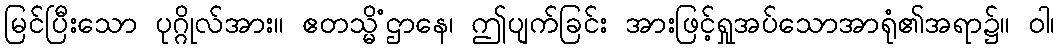
မြင်ပြီးသော ပုဂ္ဂိုလ်အား။ ဧတသ္မိံဌာနေ၊ ဤပျက်ခြင်း အားဖြင့်ရှုအပ်သောအာရုံ၏အရာ၌။ ဝါ၊